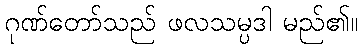
ဂုဏ်တော်သည် ဖလသမ္ပဒါ မည်၏။